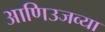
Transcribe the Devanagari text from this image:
आणिउजव्या